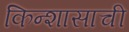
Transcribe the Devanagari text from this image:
किन्शासाची